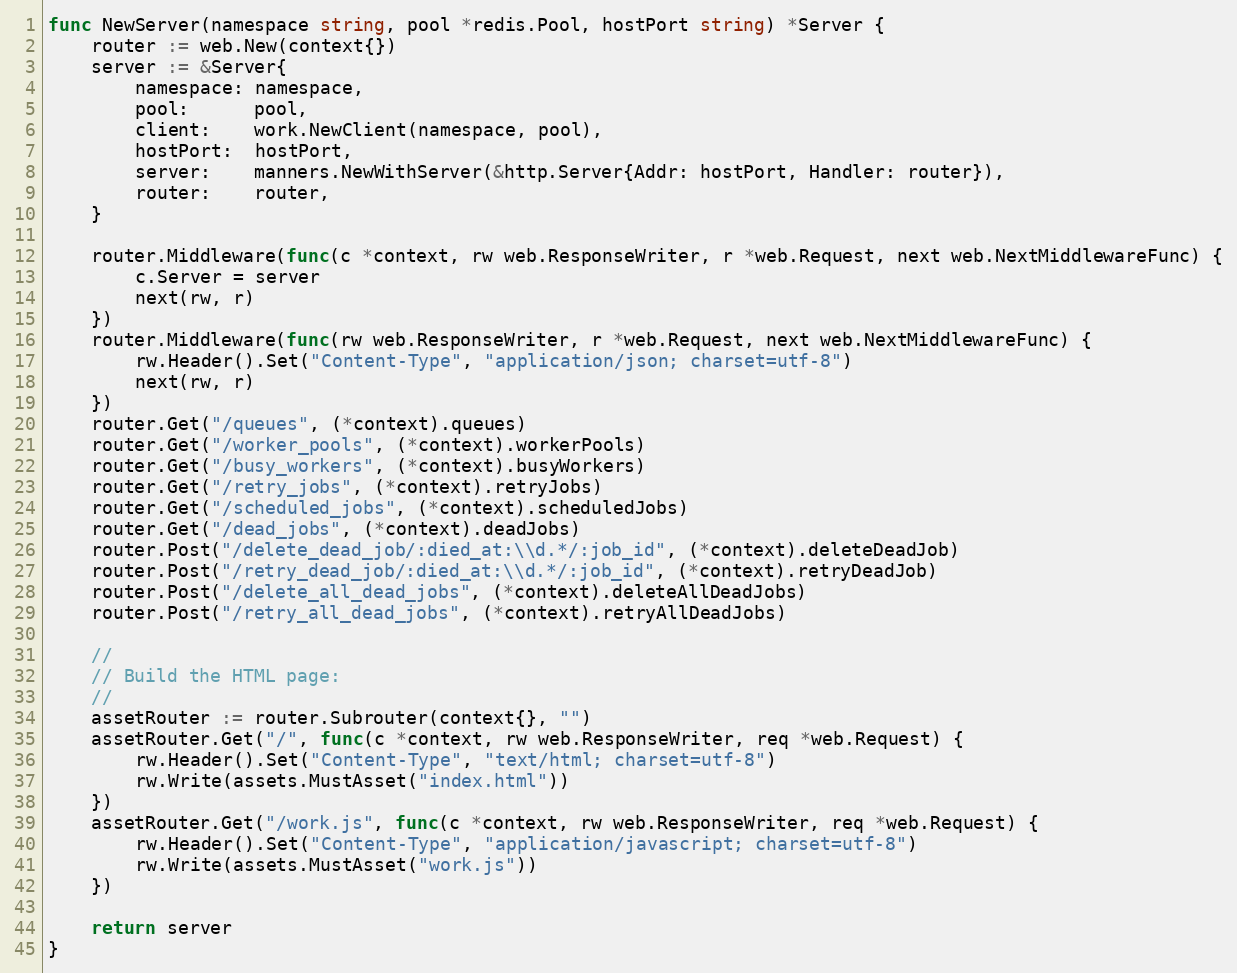
Language: Go
func NewServer(namespace string, pool *redis.Pool, hostPort string) *Server {
	router := web.New(context{})
	server := &Server{
		namespace: namespace,
		pool:      pool,
		client:    work.NewClient(namespace, pool),
		hostPort:  hostPort,
		server:    manners.NewWithServer(&http.Server{Addr: hostPort, Handler: router}),
		router:    router,
	}

	router.Middleware(func(c *context, rw web.ResponseWriter, r *web.Request, next web.NextMiddlewareFunc) {
		c.Server = server
		next(rw, r)
	})
	router.Middleware(func(rw web.ResponseWriter, r *web.Request, next web.NextMiddlewareFunc) {
		rw.Header().Set("Content-Type", "application/json; charset=utf-8")
		next(rw, r)
	})
	router.Get("/queues", (*context).queues)
	router.Get("/worker_pools", (*context).workerPools)
	router.Get("/busy_workers", (*context).busyWorkers)
	router.Get("/retry_jobs", (*context).retryJobs)
	router.Get("/scheduled_jobs", (*context).scheduledJobs)
	router.Get("/dead_jobs", (*context).deadJobs)
	router.Post("/delete_dead_job/:died_at:\\d.*/:job_id", (*context).deleteDeadJob)
	router.Post("/retry_dead_job/:died_at:\\d.*/:job_id", (*context).retryDeadJob)
	router.Post("/delete_all_dead_jobs", (*context).deleteAllDeadJobs)
	router.Post("/retry_all_dead_jobs", (*context).retryAllDeadJobs)

	//
	// Build the HTML page:
	//
	assetRouter := router.Subrouter(context{}, "")
	assetRouter.Get("/", func(c *context, rw web.ResponseWriter, req *web.Request) {
		rw.Header().Set("Content-Type", "text/html; charset=utf-8")
		rw.Write(assets.MustAsset("index.html"))
	})
	assetRouter.Get("/work.js", func(c *context, rw web.ResponseWriter, req *web.Request) {
		rw.Header().Set("Content-Type", "application/javascript; charset=utf-8")
		rw.Write(assets.MustAsset("work.js"))
	})

	return server
}